Vaccination in Bombay 1869-1873 - 1869-1873
Year: 1869
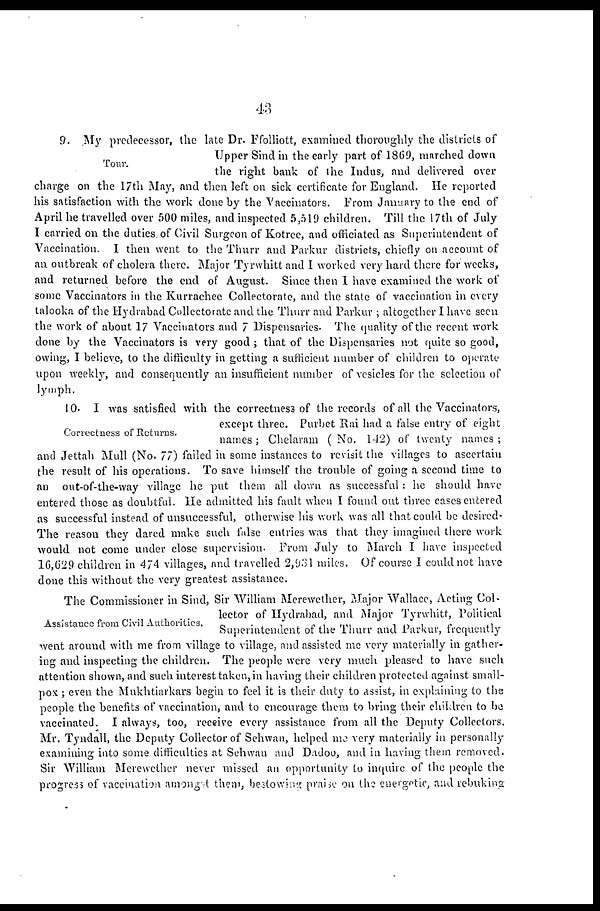
43
Tour.
9. My predecessor, the late Dr. Ffolliott, examined thoroughly the districts of
Upper Sind in the early part of 1869, marched down
the right bank of the Indus, and delivered over
charge on the 17th May, and then left on sick certificate for England. He reported
his satisfaction with the work done by the "Vaccinators. From January to the end of
April he travelled over 500 miles, and inspected 5,519 children. Till the 17th of July
I carried on the duties of Civil Surgeon of Kotrce, and officiated as Superintendent of
Vaccination. I then went to the Thurr and Parkur districts, chiefly on account of
an outbreak of cholera there. Major Tyrwhitt and I worked very hard there for weeks,
and returned before the end of August. Since then I have examined the work of
some Vaccinators in the Kurrachee Collectorate, and the state of vaccination in every
talooka of the Hydrabad Collectorate and the Thurr and Parkur ; altogether I have seen
the work of about 17 Vaccinators and 7 Dispensaries. The quality of the recent work
done by the Vaccinators is very good ; that of the Dispensaries not quite so good,
owing, I believe, to the difficulty in getting a sufficient number of children to operate
upon weekly, and consequently an insufficient number of vesicles for the selection of
lymph.
Correctness of Returns.
10. I was satisfied with the correctness of the records of all the Vaccinators,
except three. Purbet Rai had a false entry of eight
names; Chelaram (No. 142) of twenty names;
and Jettah Mull (No. 77) failed in some instances to revisit the villages to ascertain
the result of his operations. To save himself the trouble of going a second time to
an out-of-the-way village he put them all down as successful : he should have
entered those as doubtful. He admitted his fault when I found out three cases entered
as successful instead of unsuccessful, otherwise his work was all that could be desired-
The reason they dared make such false entries was that they imagined there work
would not come under close supervision. From July to March I have inspected
16,629 children in 474 villages, and travelled 2,931 miles. Of course I could not have
done this without the very greatest assistance.
Assistance from Civil Authorities.
The Commissioner in Sind, Sir William Merewether, Major Wallace, Acting Col-
lector of Hydrabad, and Major Tyrwhitt, Political
Superintendent of the Thurr and Parkur, frequently
went around with me from village to village, and assisted me very materially in gather-
ing and inspecting the children. The people were very much pleased to have such
attention shown, and such interest taken, in having their children protected against small-
pox ; even the Mukhtiarkars begin to feel it is their duty to assist, in explaining to the
people the benefits of vaccination, and to encourage them to bring their children to be
vaccinated. I always, too, receive every assistance from all the Deputy Collectors.
Mr. Tyndall, the Deputy Collector of Sehwan, helped me very materially in personally
examining into some difficulties at Sehwan and Dadoo, and in having them removed.
Sir William Merewether never missed an opportunity to inquire of the people the
progress of vaccination amongst them, beslowing; praise on the energetic, and rebuking